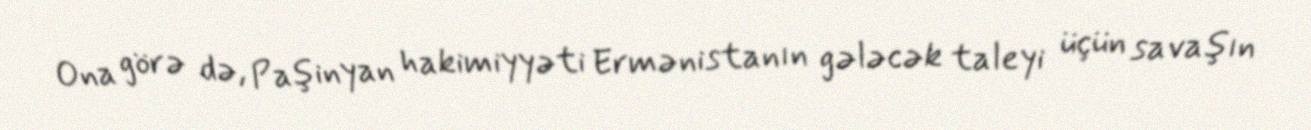
Ona görə də, Paşinyan hakimiyyəti Ermənistanın gələcək taleyi üçün savaşın